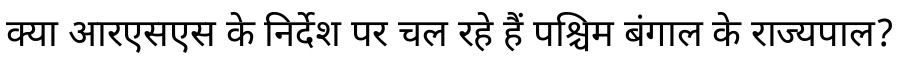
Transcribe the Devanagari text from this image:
क्या आरएसएस के निर्देश पर चल रहे हैं पश्चिम बंगाल के राज्यपाल?